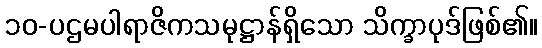
၁၀-ပဌမပါရာဇိကသမုဋ္ဌာန်ရှိသော သိက္ခာပုဒ်ဖြစ်၏။